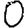
Digit: 0